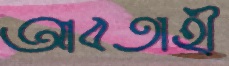
আবতাহী